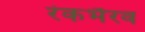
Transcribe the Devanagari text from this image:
रंकभैरव